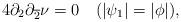
LaTeX: \begin{align*}4\partial_{2} \partial_{\overline{2}}\nu = 0~~~(|\psi_{1}|=|\phi|),\end{align*}